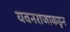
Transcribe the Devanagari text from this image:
यवनराजाकडून